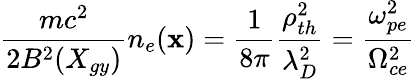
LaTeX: \frac{mc^{2}}{2B^{2}(X_{gy})}n_{e}(\textbf{x})=\frac{1}{8\pi}\frac{\rho_{th}^{2}}{\lambda_{D}^{2}}=\frac{\omega_{pe}^{2}}{\Omega_{ce}^{2}}